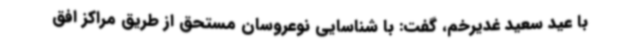
با عید سعید غدیرخم، گفت: با شناسایی نوعروسان مستحق از طریق مراکز افق